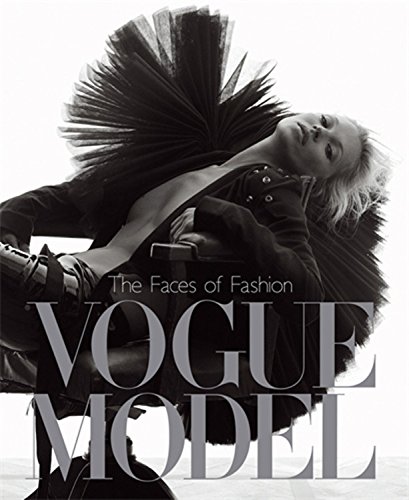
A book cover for Vogue Model: The Faces of Fashion; Arts & Photography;